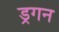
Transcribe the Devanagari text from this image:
ड्रगन